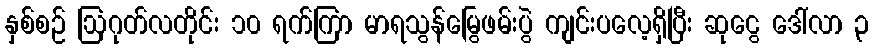
နှစ်စဉ် ဩဂုတ်လတိုင်း ၁၀ ရက်ကြာ မာရသွန်မြွေဖမ်းပွဲ ကျင်းပလေ့ရှိပြီး ဆုငွေ ဒေါ်လာ ၃